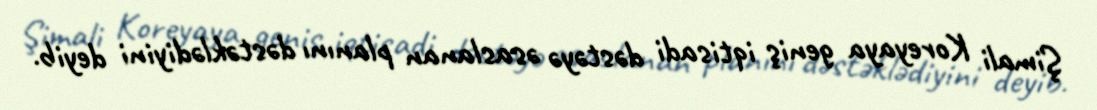
Şimali Koreyaya geniş iqtisadi dəstəyə əsaslanan planını dəstəklədiyini deyib.